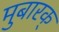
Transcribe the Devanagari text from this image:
मुबारक्